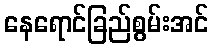
နေရောင်ခြည်စွမ်းအင်